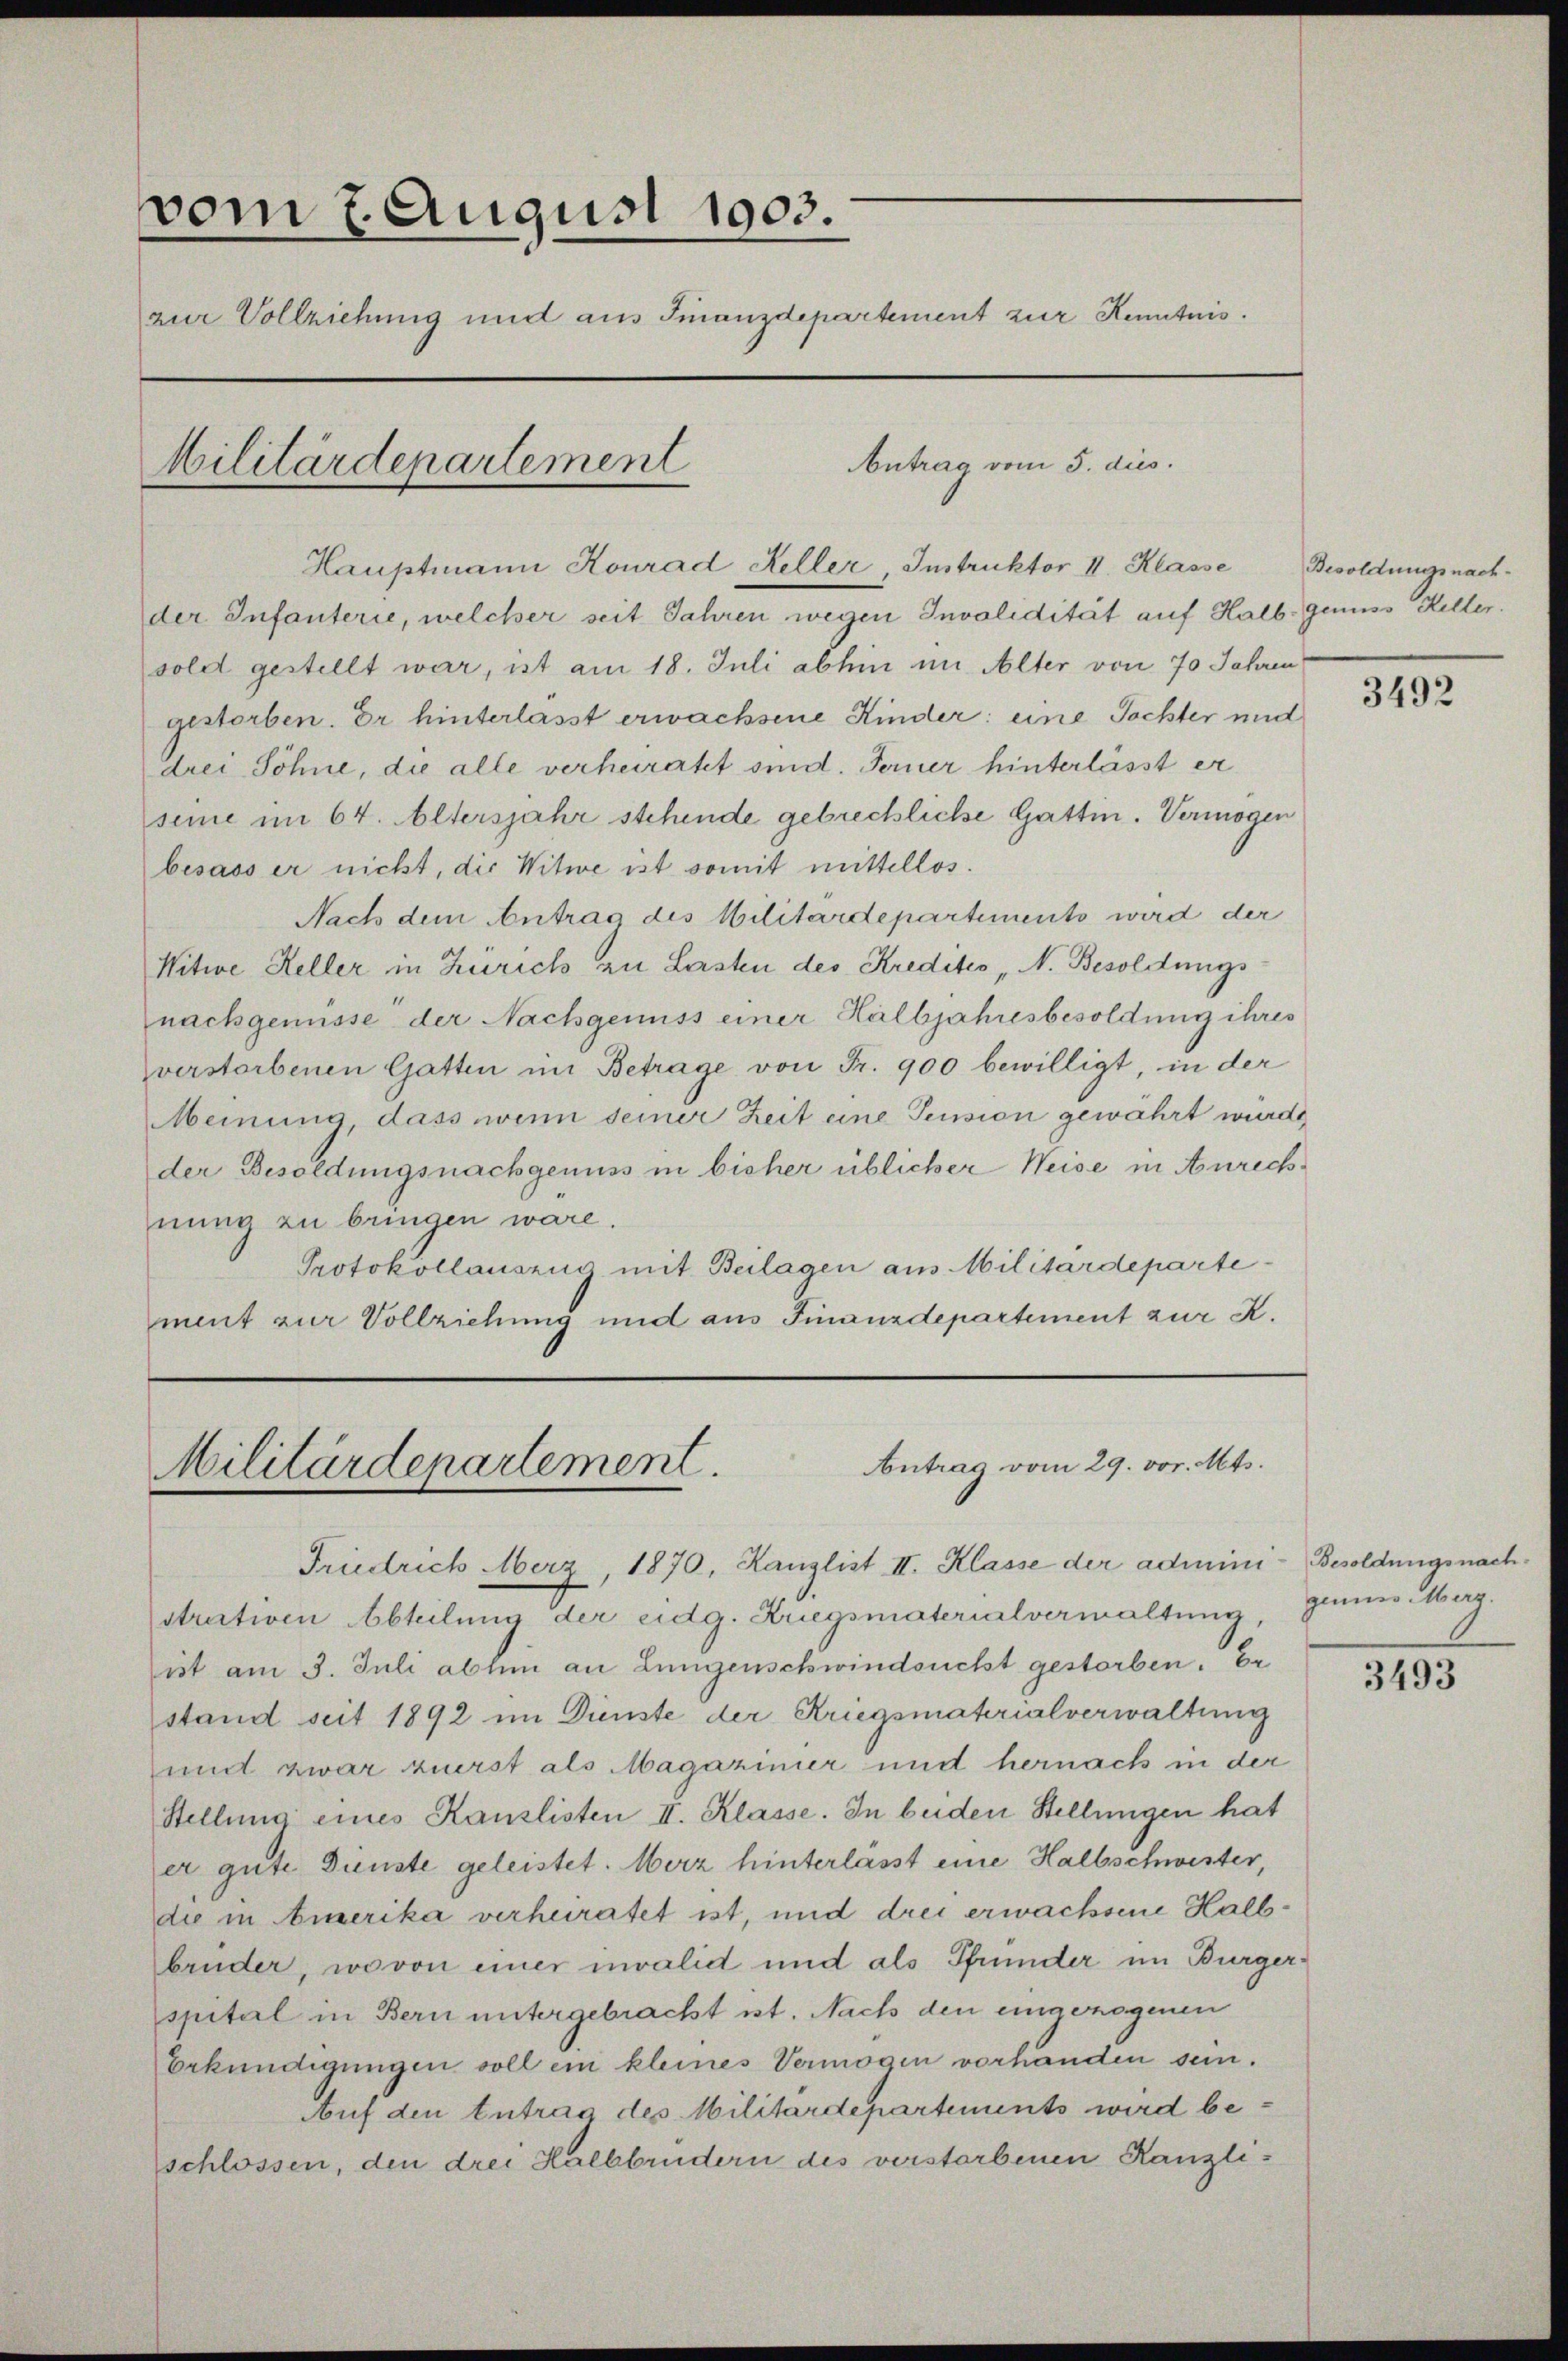
vom 2. August 1903.
zur Vollziehung und aus Finanzdepartement zur Kenntnis.
Antrag vom 5. dies
Militärdepartement

Hauptmann Konrad Keller, Instruktor II. Klasse
der Infanterie, welcher seit Jahren wegen Invalidität auf Halb- genuss Heller.
sold gestellt war, ist am 18. Juli abhin im Alter von 70 Jahren
gestorben. Er hinterlasst erwachsene Kinder: eine Tochter und
drei Söhne, die alle verheiratet sind. Ferner hinterlässt er
seine im 64. Altersjahr stehende gebrechliche Gattin. Vermögen
besass er nicht, die Witwe ist somit mittellos.
Nach dem Antrag des Militärdepartemento wird der
Nitwe Keller in Zürich zu Lasten des Kreditio „N. Besoldungs
nachgenüsse der Nachgenuss einer Halbjahresbesoldung ihres
verstorbenen Gattin im Betrage von Fr. 900 bewilligt, in der
Meinung, dass wenn seiner Zeit eine Pension gewährt wurde
der Besoldungsnachgenuss in bisher üblicher Weise in Anrechnung zu bringen wäre.
Protokollauszug mit Beilagen aus Militärdepartement zur Vollziehung und aus Finanzdepartement zur K.
Antrag vom 29. vor. Mts.
Militärdepartement.
Friedrich Merz, 1870, Kanzlist II. Klasse der administrativen Abteilung der eidg. Kriegsmaterialverwaltung,
ist am 3. Juli abhin an Lungenschwindsucht gestorben. Er
stand seit 1892 im Dienste der Kriegsmaterialverwaltung
und zwar zuerst als Magaziner und hernach in der
Stellung eines Kanzlisten II. Klasse. In beiden Stellungen hat
er gute Dienste geleistet. Merz hinterlässt eine Halbschwester,
die in Amerika verheiratet ist, und drei erwachsene Halbbrüder, wovon einer invalid und als Pfrunder im Bürgerspital in Bern untergebracht ist. Nach den eingezogenen
Erkundigungen soll ein kleines Vermögen vorhänden sein.
Auf den Zutrag des Militärdepartements wird beschlossen, den drei Halbbrüdern des verstorbenen Kanzli¬

Besoldungsnach¬

3492

Besoldungsnach.
ginner Überg.

3493